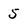
Character: 5